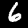
Label: 6